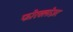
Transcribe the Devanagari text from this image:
फोरक्लोज़र